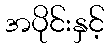
အပိုင်းနှင့်